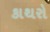
કાથરો